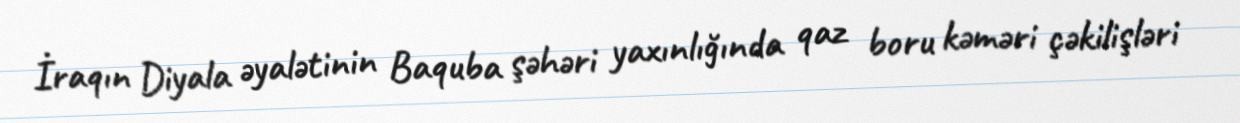
İraqın Diyala əyalətinin Baquba şəhəri yaxınlığında qaz boru kəməri çəkilişləri